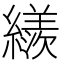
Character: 𦆀